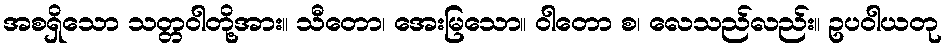
အစရှိသော သတ္တဝါတို့အား။ သီတော၊ အေးမြသော။ ဝါတော စ၊ လေသည်လည်း။ ဥပဝါယတု